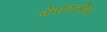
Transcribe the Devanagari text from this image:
वंदावासीचा